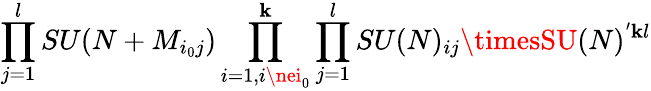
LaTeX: \prod_{j=1}^{l}SU(N+M_{i_{0}j})\prod_{i=1,i\nei_{0}}^{\mathbf{k}}\prod_{j=1}^{l}SU(N)_{ij}\timesSU(N)^{'\mathbf{k}l}